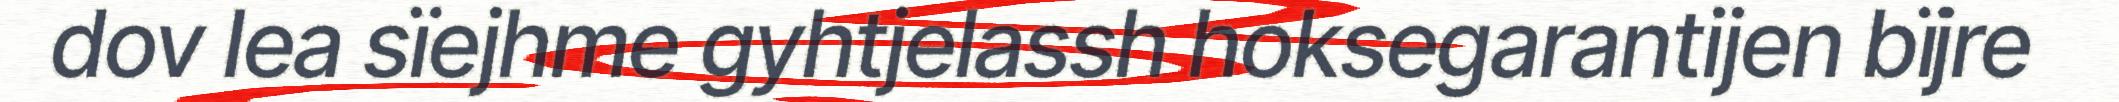
dov lea sïejhme gyhtjelassh hoksegarantijen bïjre